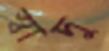
স্বাদু